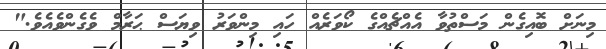
މިނަށް ބޮއިގެން މަސްތުވާ އެއްޗެއްގެ ކޯވަރެއް ހައި މިންވަރު ވިޔަސް ޙަރާމް ވެގެންވެއެވެ."